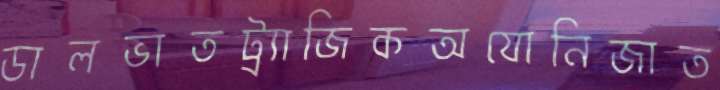
ডালভাতট্র্যাজিকঅযোনিজাত